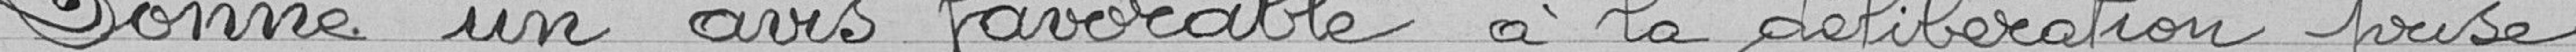
donne un avis favorable à la délibération prise